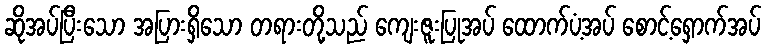
ဆိုအပ်ပြီးသော အပြားရှိသော တရားတို့သည် ကျေးဇူးပြုအပ် ထောက်ပံ့အပ် စောင့်ရှောက်အပ်